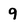
Character: 9